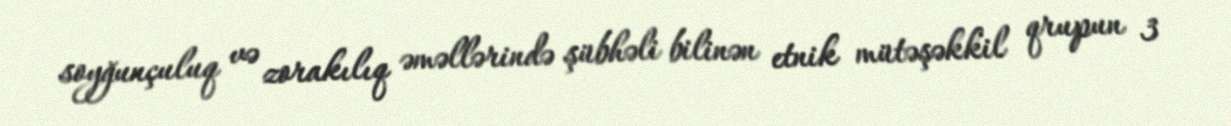
soyğunçuluq və zorakılıq əməllərində şübhəli bilinən etnik mütəşəkkil qrupun 3